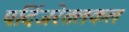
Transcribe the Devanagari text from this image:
पदिंजरेतलकल